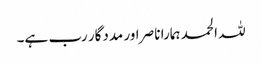
للہ الحمد ہمارا ناصر اور مددگار رب ہے۔